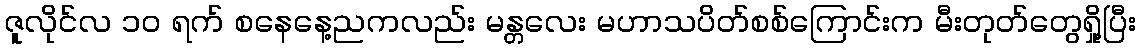
ဇူလိုင်လ ၁၀ ရက် စနေနေ့ညကလည်း မန္တလေး မဟာသပိတ်စစ်ကြောင်းက မီးတုတ်တွေရှို့ပြီး